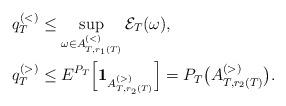
LaTeX: \begin{align*} q_T^{(<)} &\le \sup_{\omega\in A^{(<)}_{T,r_1(T)}}\mathcal{E}_T(\omega), \\ q_T^{(>)} &\le E^{P_T}\Big[\mathbf{1}_{A^{(>)}_{T,r_2(T)}}\Big] = P_T\big(A^{(>)}_{T,r_2(T)}\big). \end{align*}